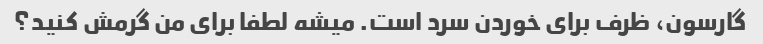
گارسون، ظرف برای خوردن سرد است. میشه لطفا برای من گرمش کنید؟